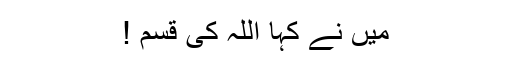
مَیں نے کہا اللہ کی قسم !